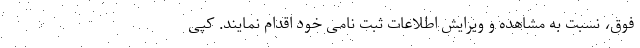
فوق، نسبت به مشاهده و ویرایش اطلاعات ثبت نامی خود اقدام نمایند. کپی